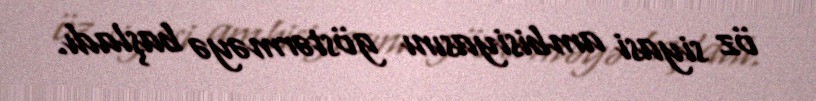
öz siyasi ambisiyasını göstərməyə başladı.